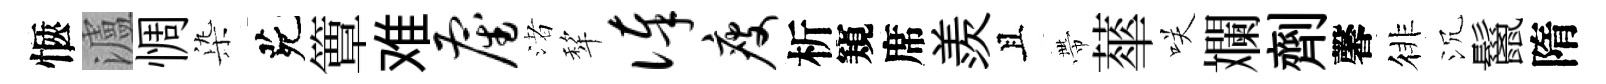
愜瀘惆𣑱茕簟难雇渚犂俸瘦析窺席羨且帶蕐咲斕劑馨徘沉鬣隋